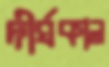
দীর্ঘকাল